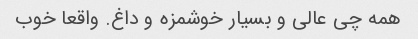
همه چی عالی و بسیار خوشمزه و داغ. واقعا خوب